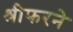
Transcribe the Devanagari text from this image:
श्रीफरने